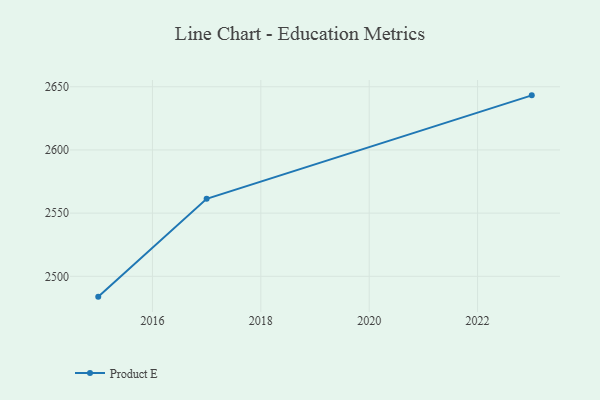
{"axis": {"x": "Year", "y": "Conversion Rate (%)"}, "legend": ["Product E"], "data": [{"x": "2015", "y": 2483.9, "type": "Product E"}, {"x": "2017", "y": 2561.3, "type": "Product E"}, {"x": "2023", "y": 2643.2, "type": "Product E"}]}